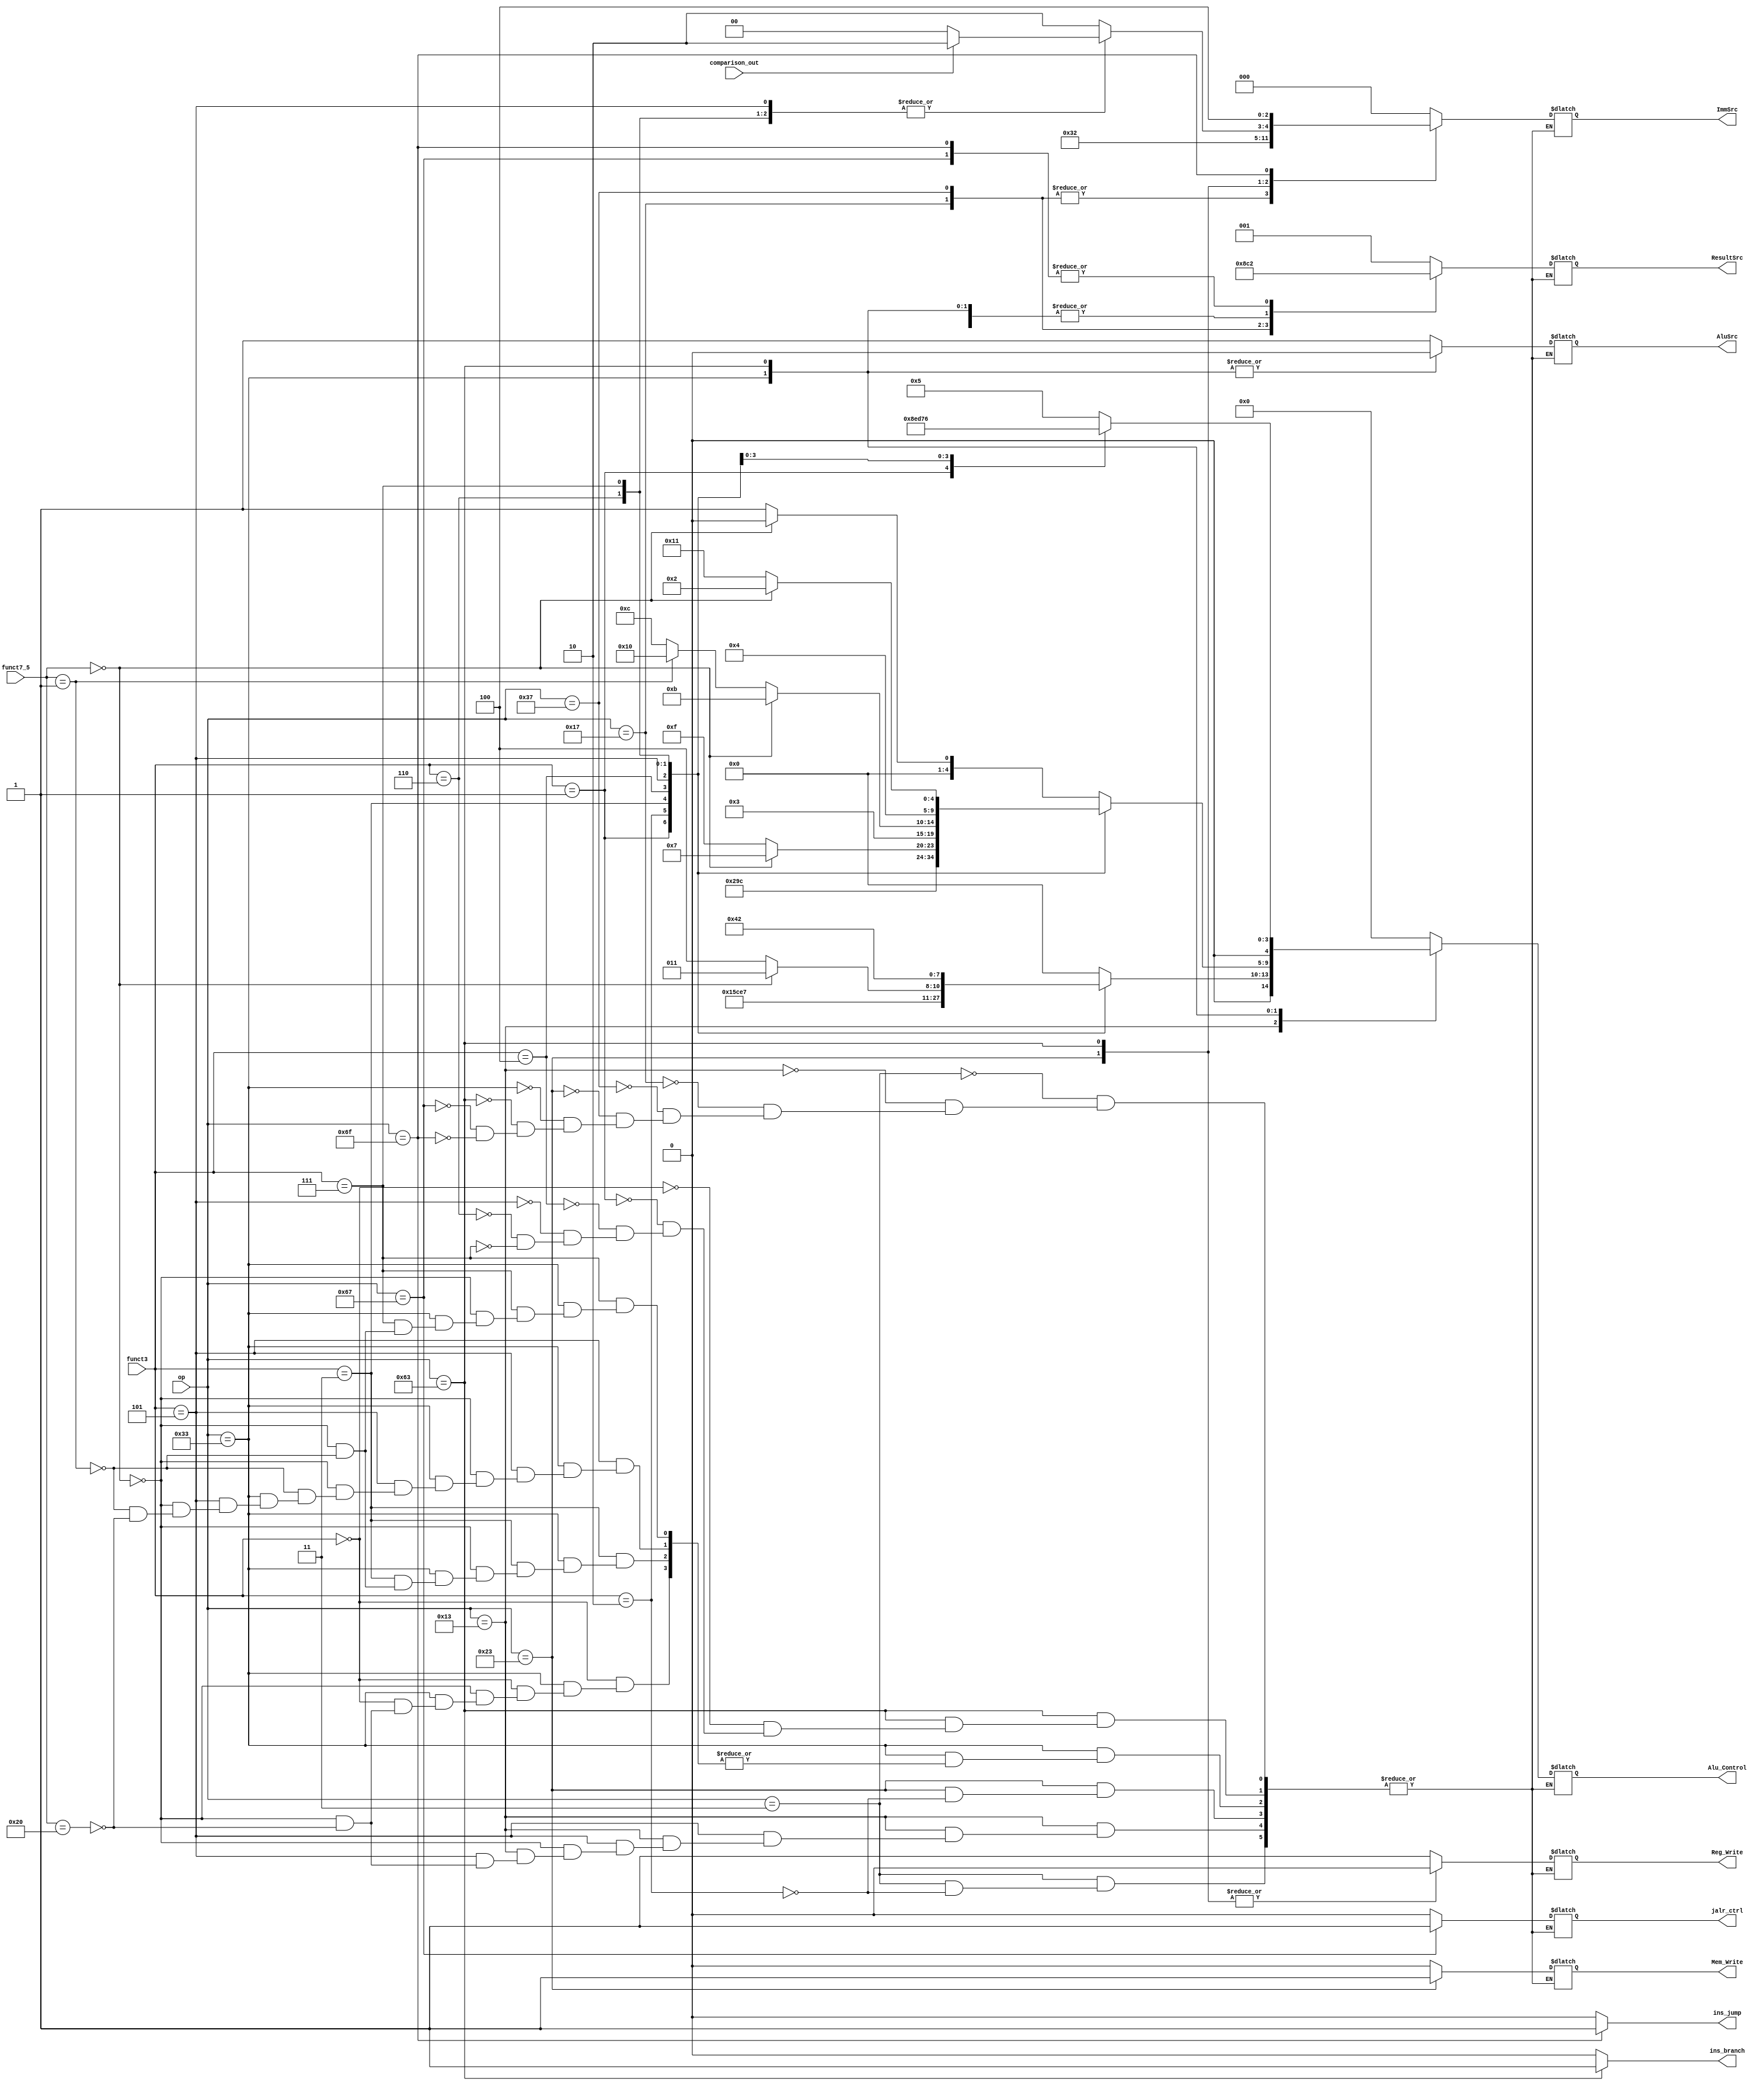
module Control_Unit_1(
    input [6:0] op,                    // Opcode input
    input [2:0] funct3,                // Function 3-bit field input
    input [6:0] funct7_5,              // Function 7-bit field input (Instr30)
    input comparison_out,              // Output of comparison logic

    // Output control signals
    output reg [2:0] ResultSrc,        // Determines the source of the result
    output reg Mem_Write,              // Control signal for memory write operations
    output reg [4:0] Alu_Control,      // Control signal for ALU operations
    output reg AluSrc,                 // Control signal to select ALU source
    output reg [2:0] ImmSrc,           // Control signal to select immediate source
    output reg jalr_ctrl,              // Control signal for JALR instruction
    output reg Reg_Write,              // Control signal for register write operations
    output ins_branch,                 // Signal indicating branch instruction
    output ins_jump                    // Signal indicating jump instruction
    );

    // Determine if the instruction is branch or jump
    assign ins_branch = (op==7'd99) ? (1'b1) : (1'b0);
    assign ins_jump = (op==7'd111) ? (1'b1) : (1'b0);
    
    always @(*)begin
        case (op)
            7'd3:begin
              case (funct3)
//                  3'b000: begin   // lb
//                      /*PCSrc = 1'b0;*/ ResultSrc = 3'b000; Mem_Write = 1'b0; Alu_Control = 5'b00000; AluSrc = 1'b1; ImmSrc = 3'b000; Reg_Write = 1'b1; jalr_ctrl = 1'b0;
//                  end
//                  3'b001: begin   // lh
//                      /*PCSrc = 1'b0;*/ ResultSrc = 3'b000; Mem_Write = 1'b0; Alu_Control = 5'b01010; AluSrc = 1'b1; ImmSrc = 3'b000; Reg_Write = 1'b1; jalr_ctrl = 1'b0;
//                  end
                  3'b010: begin   // lw
                      /*PCSrc = 1'b0;*/ ResultSrc = 3'b001; Mem_Write = 1'b0; Alu_Control = 5'b00000; AluSrc = 1'b1; ImmSrc = 3'b000; Reg_Write = 1'b1; jalr_ctrl = 1'b0;
                  end
//                  3'b011: begin   // lbu
//                      /*PCSrc = 1'b0;*/ ResultSrc = 3'b000; Mem_Write = 1'b0; Alu_Control = 5'b00111; AluSrc = 1'b1; ImmSrc = 3'b000; Reg_Write = 1'b1; jalr_ctrl = 1'b0;
//                  end
//                  3'b100: begin   // lhu
//                      /*PCSrc = 1'b0;*/ ResultSrc = 3'b000; Mem_Write = 1'b0; Alu_Control = 5'b00011; AluSrc = 1'b1; ImmSrc = 3'b000; Reg_Write = 1'b1; jalr_ctrl = 1'b0;
//                  end
              endcase
            end
            7'd19:begin 
                case (funct3)
                    3'b000: begin   // addi
                        /*PCSrc = 1'b0;*/ ResultSrc = 3'b000; Mem_Write = 1'b0; Alu_Control = 5'b00000; AluSrc = 1'b1; ImmSrc = 3'b000; Reg_Write = 1'b1; jalr_ctrl = 1'b0;
                    end
                    3'b001: begin   // slli
                        /*PCSrc = 1'b0;*/ ResultSrc = 3'b000; Mem_Write = 1'b0; Alu_Control = 5'b01010; AluSrc = 1'b1; ImmSrc = 3'b000; Reg_Write = 1'b1; jalr_ctrl = 1'b0;
                    end
                    3'b010: begin   // slti
                        /*PCSrc = 1'b0;*/ ResultSrc = 3'b000; Mem_Write = 1'b0; Alu_Control = 5'b01110; AluSrc = 1'b1; ImmSrc = 3'b000; Reg_Write = 1'b1; jalr_ctrl = 1'b0;
                    end
                    3'b011: begin   // sltiu
                        /*PCSrc = 1'b0;*/ ResultSrc = 3'b000; Mem_Write = 1'b0; Alu_Control = 5'b00111; AluSrc = 1'b1; ImmSrc = 3'b000; Reg_Write = 1'b1; jalr_ctrl = 1'b0;
                    end
                    3'b100: begin   // xori
                        /*PCSrc = 1'b0;*/ ResultSrc = 3'b000; Mem_Write = 1'b0; Alu_Control = 5'b00011; AluSrc = 1'b1; ImmSrc = 3'b000; Reg_Write = 1'b1; jalr_ctrl = 1'b0;
                    end
                    3'b101: begin   // srli - srai
                        if(funct7_5 == 7'b0000000)begin   // srli
                            /*PCSrc = 1'b0;*/ ResultSrc = 3'b000; Mem_Write = 1'b0; Alu_Control = 5'b01011; AluSrc = 1'b1; ImmSrc = 3'b000; Reg_Write = 1'b1; jalr_ctrl = 1'b0;
                        end
                        else if (funct7_5 == 7'b0100000)begin          // srai
                            /*PCSrc = 1'b0;*/ ResultSrc = 3'b000; Mem_Write = 1'b0; Alu_Control = 5'b01100; AluSrc = 1'b1; ImmSrc = 3'b000; Reg_Write = 1'b1; jalr_ctrl = 1'b0;
                        end
                    end
                    3'b110: begin   // ori
                        /*PCSrc = 1'b0;*/ ResultSrc = 3'b000; Mem_Write = 1'b0; Alu_Control = 5'b00100; AluSrc = 1'b1; ImmSrc = 3'b000; Reg_Write = 1'b1; jalr_ctrl = 1'b0;
                    end
                    3'b111: begin   // andi
                        /*PCSrc = 1'b0;*/ ResultSrc = 3'b000; Mem_Write = 1'b0; Alu_Control = 5'b00010; AluSrc = 1'b1; ImmSrc = 3'b000; Reg_Write = 1'b1; jalr_ctrl = 1'b0;
                    end
                endcase
            end
            7'd23:begin // auipc
                /*PCSrc = 1'b0;*/ ResultSrc = 3'b100; Mem_Write = 1'b0; Alu_Control = 5'b00000; AluSrc = 1'b1; ImmSrc = 3'b011; Reg_Write = 1'b1; jalr_ctrl = 1'b0;
            end
            7'd55:begin // lui
                /*PCSrc = 1'b0;*/ ResultSrc = 3'b011; Mem_Write = 1'b0; Alu_Control = 5'b00000; AluSrc = 1'b1; ImmSrc = 3'b011; Reg_Write = 1'b1; jalr_ctrl = 1'b0;
            end
            7'd35:begin
              case (funct3)
//                  3'b000: begin   // sb
//                      /*PCSrc = 1'b0;*/ ResultSrc = 3'b000; Mem_Write = 1'b0; Alu_Control = 5'b00000; AluSrc = 1'b1; ImmSrc = 3'b000; Reg_Write = 1'b1; jalr_ctrl = 1'b0;
//                  end
//                  3'b001: begin   // sh
//                      /*PCSrc = 1'b0;*/ ResultSrc = 3'b000; Mem_Write = 1'b0; Alu_Control = 5'b01010; AluSrc = 1'b1; ImmSrc = 3'b000; Reg_Write = 1'b1; jalr_ctrl = 1'b0;
//                  end
                  3'b010: begin   // sw
                      /*PCSrc = 1'b0;*/ ResultSrc = 3'b000; Mem_Write = 1'b1; Alu_Control = 5'b00000; AluSrc = 1'b1; ImmSrc = 3'b001; Reg_Write = 1'b0; jalr_ctrl = 1'b0;
                  end
              endcase
            end
            7'd51:begin
                case (funct3)
                    3'b000: begin   // add - sub
                        if(funct7_5 == 7'b0000000)begin   // add
                            /*PCSrc = 1'b0;*/ ResultSrc = 3'b000; Mem_Write = 1'b0; Alu_Control = 5'b00000; AluSrc = 1'b0; ImmSrc = 3'b000; Reg_Write = 1'b1; jalr_ctrl = 1'b0;
                        end
                        else if (funct7_5 == 7'b0100000)begin          // sub
                            /*PCSrc = 1'b0;*/ ResultSrc = 3'b000; Mem_Write = 1'b0; Alu_Control = 5'b00001; AluSrc = 1'b0; ImmSrc = 3'b000; Reg_Write = 1'b1; jalr_ctrl = 1'b0;
                        end
                    end
                    3'b001: begin   // sll
                        /*PCSrc = 1'b0;*/ ResultSrc = 3'b000; Mem_Write = 1'b0; Alu_Control = 5'b01010; AluSrc = 1'b0; ImmSrc = 3'b000; Reg_Write = 1'b1; jalr_ctrl = 1'b0;
                    end
                    3'b010: begin   // slt
                        /*PCSrc = 1'b0;*/ ResultSrc = 3'b000; Mem_Write = 1'b0; Alu_Control = 5'b01110; AluSrc = 1'b0; ImmSrc = 3'b000; Reg_Write = 1'b1; jalr_ctrl = 1'b0;
                    end
                    3'b011: begin   
                        if(funct7_5 == 7'b0000000)begin// sltu
                            /*PCSrc = 1'b0;*/ ResultSrc = 3'b000; Mem_Write = 1'b0; Alu_Control = 5'b00111; AluSrc = 1'b0; ImmSrc = 3'b000; Reg_Write = 1'b1; jalr_ctrl = 1'b0;
                        end
                        else if (funct7_5 == 7'b0000001)begin // mulhu
                            /*PCSrc = 1'b0;*/ ResultSrc = 3'b000; Mem_Write = 1'b0; Alu_Control = 5'b01111; AluSrc = 1'b0; ImmSrc = 3'b000; Reg_Write = 1'b1; jalr_ctrl = 1'b0;
                        end
                    end
                    3'b100: begin   // xor
                        /*PCSrc = 1'b0;*/ ResultSrc = 3'b000; Mem_Write = 1'b0; Alu_Control = 5'b00011; AluSrc = 1'b0; ImmSrc = 3'b000; Reg_Write = 1'b1; jalr_ctrl = 1'b0;
                    end
                    3'b101: begin   // srl - sra
                        if(funct7_5 == 7'b0000000)begin   // srl
                            /*PCSrc = 1'b0;*/ ResultSrc = 3'b000; Mem_Write = 1'b0; Alu_Control = 5'b01011; AluSrc = 1'b0; ImmSrc = 3'b000; Reg_Write = 1'b1; jalr_ctrl = 1'b0;
                        end
                        else if (funct7_5 == 7'b0000001)begin          // divu
                            /*PCSrc = 1'b0;*/ ResultSrc = 3'b000; Mem_Write = 1'b0; Alu_Control = 5'b10000; AluSrc = 1'b0; ImmSrc = 3'b000; Reg_Write = 1'b1; jalr_ctrl = 1'b0;
                        end
                        else if (funct7_5 == 7'b0100000)begin          // sra
                            /*PCSrc = 1'b0;*/ ResultSrc = 3'b000; Mem_Write = 1'b0; Alu_Control = 5'b01100; AluSrc = 1'b0; ImmSrc = 3'b000; Reg_Write = 1'b1; jalr_ctrl = 1'b0;
                        end
                    end
                    3'b110: begin   // or
                        /*PCSrc = 1'b0;*/ ResultSrc = 3'b000; Mem_Write = 1'b0; Alu_Control = 5'b00100; AluSrc = 1'b0; ImmSrc = 3'b000; Reg_Write = 1'b1; jalr_ctrl = 1'b0;
                    end
                    3'b111: begin   // 
                        if(funct7_5 == 7'b0000000)begin   // and
                            /*PCSrc = 1'b0;*/ ResultSrc = 3'b000; Mem_Write = 1'b0; Alu_Control = 5'b00010; AluSrc = 1'b0; ImmSrc = 3'b000; Reg_Write = 1'b1; jalr_ctrl = 1'b0;
                        end
                        else if (funct7_5 == 7'b0000001)begin // remu
                            /*PCSrc = 1'b0;*/ ResultSrc = 3'b000; Mem_Write = 1'b0; Alu_Control = 5'b10001; AluSrc = 1'b0; ImmSrc = 3'b000; Reg_Write = 1'b1; jalr_ctrl = 1'b0;
                        end
                    end
                endcase
            end
            7'd99:begin // there might be problem in comparison part
                case (funct3)
                    3'b000: begin   // beq
                        if(comparison_out)begin     // taken
                            /*PCSrc = 1'b1;*/ ResultSrc = 3'b000; Mem_Write = 1'b0; Alu_Control = 5'b00101; AluSrc = 1'b0; ImmSrc = 3'b010; Reg_Write = 1'b0; jalr_ctrl = 1'b0;
                        end
                        else begin                  // not taken
                            /*PCSrc = 1'b0;*/ ResultSrc = 3'b000; Mem_Write = 1'b0; Alu_Control = 5'b00101; AluSrc = 1'b0; ImmSrc = 3'b010; Reg_Write = 1'b0; jalr_ctrl = 1'b0;
                        end
                    end
                    3'b001: begin   // bne
                        if(comparison_out)begin     // taken
                            /*PCSrc = 1'b1;*/ ResultSrc = 3'b000; Mem_Write = 1'b0; Alu_Control = 5'b01000; AluSrc = 1'b0; ImmSrc = 3'b010; Reg_Write = 1'b0; jalr_ctrl = 1'b0;
                        end
                        else begin                  // not taken
                            /*PCSrc = 1'b0;*/ ResultSrc = 3'b000; Mem_Write = 1'b0; Alu_Control = 5'b01000; AluSrc = 1'b0; ImmSrc = 3'b000; Reg_Write = 1'b0; jalr_ctrl = 1'b0;
                        end
                    end
                    3'b100: begin   // blt
                        if(comparison_out)begin     // taken
                            /*PCSrc = 1'b1;*/ ResultSrc = 3'b000; Mem_Write = 1'b0; Alu_Control = 5'b01110; AluSrc = 1'b0; ImmSrc = 3'b010; Reg_Write = 1'b0; jalr_ctrl = 1'b0;
                        end
                        else begin                  // not taken
                            /*PCSrc = 1'b0;*/ ResultSrc = 3'b000; Mem_Write = 1'b0; Alu_Control = 5'b01110; AluSrc = 1'b0; ImmSrc = 3'b000; Reg_Write = 1'b0; jalr_ctrl = 1'b0;
                        end
                    end
                    3'b101: begin   // bge
                        if(comparison_out)begin     // taken
                            /*PCSrc = 1'b1;*/ ResultSrc = 3'b000; Mem_Write = 1'b0; Alu_Control = 5'b01101; AluSrc = 1'b0; ImmSrc = 3'b010; Reg_Write = 1'b0; jalr_ctrl = 1'b0;
                        end
                        else begin                  // not taken
                            /*PCSrc = 1'b0;*/ ResultSrc = 3'b000; Mem_Write = 1'b0; Alu_Control = 5'b01101; AluSrc = 1'b0; ImmSrc = 3'b000; Reg_Write = 1'b0; jalr_ctrl = 1'b0;
                        end
                    end
                    3'b110: begin   // bltu
                        if(comparison_out)begin     // taken
                            /*PCSrc = 1'b1;*/ ResultSrc = 3'b000; Mem_Write = 1'b0; Alu_Control = 5'b00111; AluSrc = 1'b0; ImmSrc = 3'b010; Reg_Write = 1'b0; jalr_ctrl = 1'b0;
                        end
                        else begin                  // not taken
                            /*PCSrc = 1'b0;*/ ResultSrc = 3'b000; Mem_Write = 1'b0; Alu_Control = 5'b00111; AluSrc = 1'b0; ImmSrc = 3'b000; Reg_Write = 1'b0; jalr_ctrl = 1'b0;
                        end
                    end
                    3'b111: begin   // bgeu
                        if(comparison_out)begin     // taken
                            /*PCSrc = 1'b1;*/ ResultSrc = 3'b000; Mem_Write = 1'b0; Alu_Control = 5'b00110; AluSrc = 1'b0; ImmSrc = 3'b010; Reg_Write = 1'b0; jalr_ctrl = 1'b0;
                        end
                        else begin                  // not taken
                            /*PCSrc = 1'b1;*/ ResultSrc = 3'b000; Mem_Write = 1'b0; Alu_Control = 5'b00110; AluSrc = 1'b0; ImmSrc = 3'b000; Reg_Write = 1'b0; jalr_ctrl = 1'b0;
                        end
                    end
                endcase
            end 
            7'd103:begin // jalr
                /*PCSrc = 1'b1;*/ ResultSrc = 3'b010; Mem_Write = 1'b0; Alu_Control = 5'b00000; AluSrc = 1'b1; ImmSrc = 3'b000; Reg_Write = 1'b1; jalr_ctrl = 1'b1;
            end
            7'd111:begin // jal
                /*PCSrc = 1'b1;*/ ResultSrc = 3'b010; Mem_Write = 1'b0; Alu_Control = 5'b00000; AluSrc = 1'b1; ImmSrc = 3'b100; Reg_Write = 1'b1; jalr_ctrl = 1'b0;
            end
        endcase
    end
endmodule